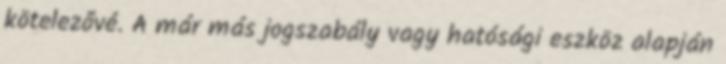
kötelezővé. A már más jogszabály vagy hatósági eszköz alapján